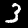
Label: 3